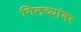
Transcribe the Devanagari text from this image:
गिलच्यांवर